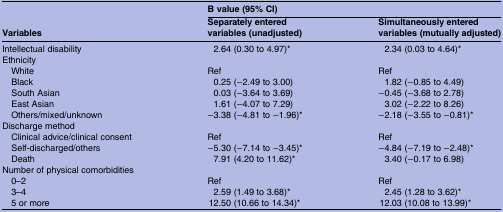
<table><thead><tr><td></td><td colspan="2"><b>B value (95% CI)</b></td></tr><tr><td><b>Variables</b></td><td><b>Separately entered variables (unadjusted)</b></td><td><b>Simultaneously entered variables (mutually adjusted)</b></td></tr></thead><tbody><tr><td>Intellectual disability</td><td>2.64 (0.30 to 4.97)*</td><td>2.34 (0.03 to 4.64)*</td></tr><tr><td colspan="3">Ethnicity</td></tr><tr><td> White</td><td>Ref</td><td>Ref</td></tr><tr><td> Black</td><td>0.25 (−2.49 to 3.00)</td><td>1.82 (−0.85 to 4.49)</td></tr><tr><td> South Asian</td><td>0.03 (−3.64 to 3.69)</td><td>−0.45 (−3.68 to 2.78)</td></tr><tr><td> East Asian</td><td>1.61 (−4.07 to 7.29)</td><td>3.02 (−2.22 to 8.26)</td></tr><tr><td> Others/mixed/unknown</td><td>−3.38 (−4.81 to −1.96)*</td><td>−2.18 (−3.55 to −0.81)*</td></tr><tr><td colspan="3">Discharge method</td></tr><tr><td> Clinical advice/clinical consent</td><td>Ref</td><td>Ref</td></tr><tr><td> Self-discharged/others</td><td>−5.30 (−7.14 to −3.45)*</td><td>−4.84 (−7.19 to −2.48)*</td></tr><tr><td> Death</td><td>7.91 (4.20 to 11.62)*</td><td>3.40 (−0.17 to 6.98)</td></tr><tr><td colspan="3">Number of physical comorbidities</td></tr><tr><td> 0–2</td><td>Ref</td><td>Ref</td></tr><tr><td> 3–4</td><td>2.59 (1.49 to 3.68)*</td><td>2.45 (1.28 to 3.62)*</td></tr><tr><td> 5 or more</td><td>12.50 (10.66 to 14.34)*</td><td>12.03 (10.08 to 13.99)*</td></tr></tbody></table>